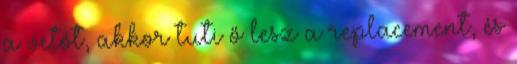
a vetót, akkor tuti ő lesz a replacement, és